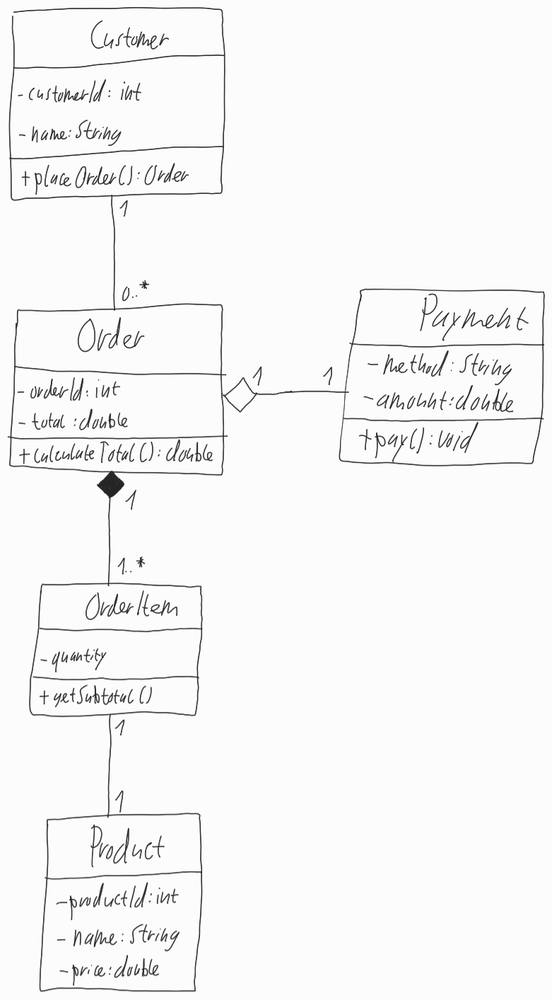
Diagram type: class_diagram
```plantuml
@startuml

class Customer {
  - customerId: int
  - name: String
  + placeOrder(): Order
}

class Order {
  - orderId: int
  - total: double
  + calculateTotal(): double
}

class Payment {
  - method: String
  - amount: double
  + pay(): void
}

class OrderItem {
  - quantity
  + getSubtotal()
}

class Product {
  - productId: int
  - name: String
  - price: double
}

Customer "1" -- "0..*" Order
Order "1" o-- "1" Payment
Order "1" *-- "1..*" OrderItem
OrderItem "1" -- "1"Product

@enduml
```